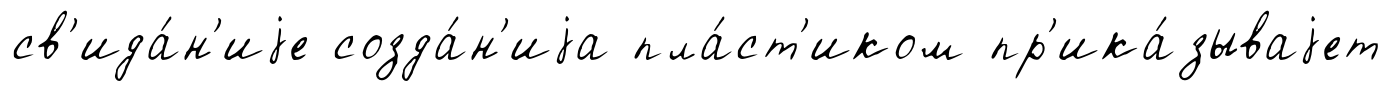
св'ида́н'иjе созда́н'иjа пла́ст'иком пр'ика́зываjет